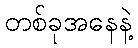
တစ်ခုအနေနဲ့